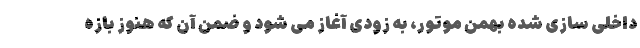
داخلی سازی شده بهمن موتور، به زودی آغاز می شود و ضمن آن که هنوز بازه